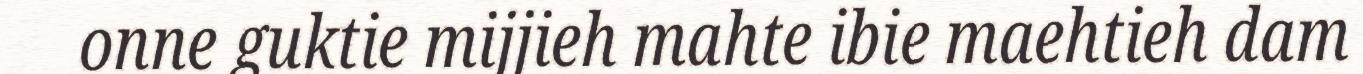
onne guktie mijjieh mahte ibie maehtieh dam